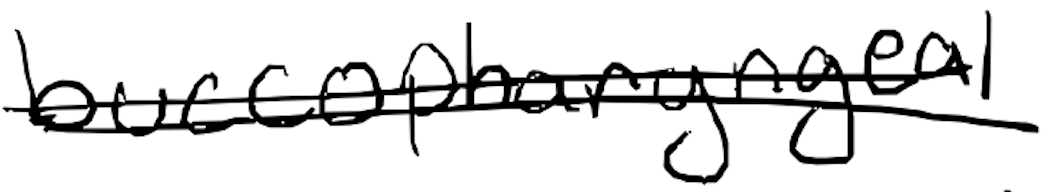
Text: buccopharyngeal
Cross-out: double-line
Writing tool: digital_black